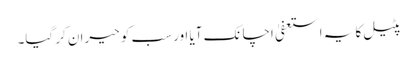
پٹیل کا یہ استعفیٰ اچانک آیا اور سب کو حیران کر گیا۔